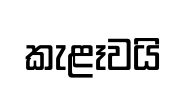
කැළෑවයි